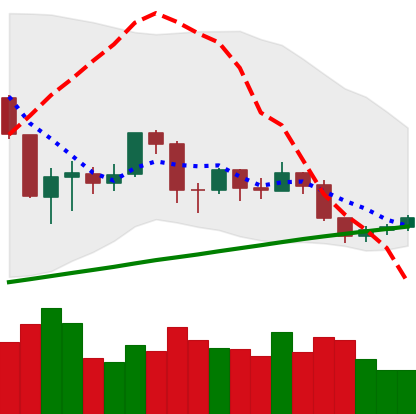
Ticker: BTC-USD
Chart end date: 2019-09-01
Forward return: 6.101%
Label: up_5_7